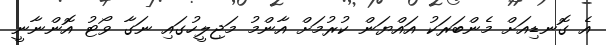
އެ ގޮނޑިއަށް މެންބަރަކު އައްޔަން ކުރުމަށް އާންމު މަޖިލީހުގައި ނަގާ ވޯޓު އޮންނާނީ